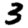
Digit: 3